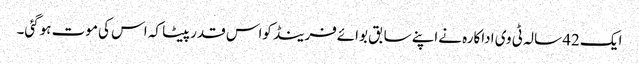
ایک 42 سالہ ٹی وی اداکارہ نےاپنے سابق بوائےفرینڈ کواس قدرپیٹا کہ اس کی موت ہوگئی۔